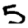
Digit: 5